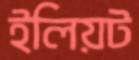
ইলিয়ট